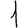
Digit: 1